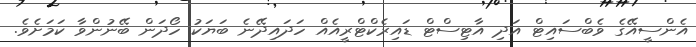
އެންސީއޭގެ ވެބްސައިޓް އަދި އާޓިސްޓް ޑައިރެކްޓްރީއެއް ހަދައިދޭނެ ބަޔަކު ހޯދަން ބޭނުންވާ ކަމަށެވެ.